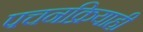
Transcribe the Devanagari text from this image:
पचनक्रियाही